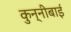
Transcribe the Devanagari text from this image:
कुन्नीबाई